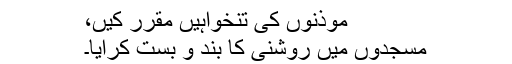
مؤذنوں کی تنخواہیں مقرر کیں،
مسجدوں میں روشنی کا بند و بست کرایا۔